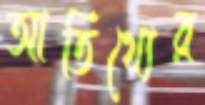
আতিথ্যের